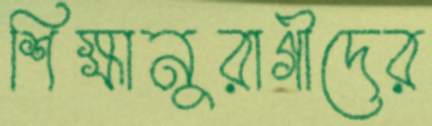
শিক্ষানুরাগীদের